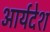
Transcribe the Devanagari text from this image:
आर्यदेश